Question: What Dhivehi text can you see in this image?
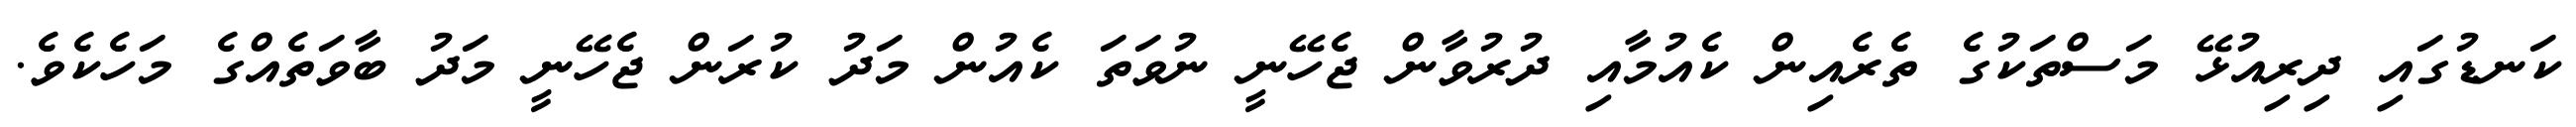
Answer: ކަނޑުގައި ދިރިއުޅޭ މަސްތަކުގެ ތެރެއިން ކެއުމާއި ދުރުވާން ޖެހޭނީ ނުވަތަ ކެއުން މަދު ކުރަން ޖެހޭނީ މަދު ބާވަތެއްގެ މަހެކެވެ.